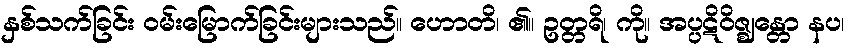
နှစ်သက်ခြင်း ဝမ်းမြောက်ခြင်းများသည်။ ဟောတိ၊ ၏။ ဥတ္တရိ၊ ကို။ အပ္ပဋိဝိဇ္ဈန္တော နပ၊